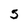
Character: 5